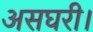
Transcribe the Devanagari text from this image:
असघरी।